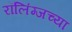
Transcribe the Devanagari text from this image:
रॉलिंग्जच्या